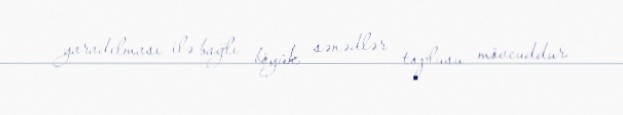
yaradılması ilə bağlı böyük sənədlər toplusu mövcuddur.